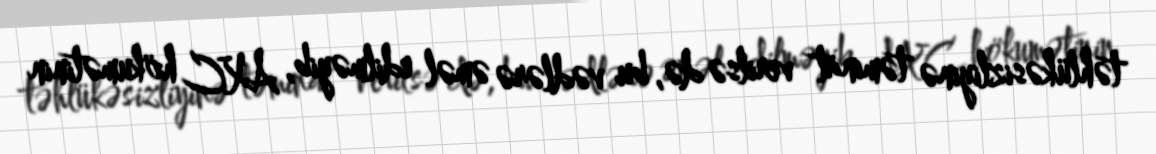
təhlükəsizliyinə təminat verilsə də, bu vədlərə əməl edilməyib, AXC hökumətinin